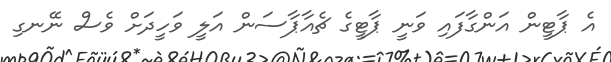
އެ ޕާޓީން އަންގާފައި ވަނީ ޕާޓީގެ ޗެއާޕާސަން އަލީ ވަހީދަށް ވެސް ނޭނގި